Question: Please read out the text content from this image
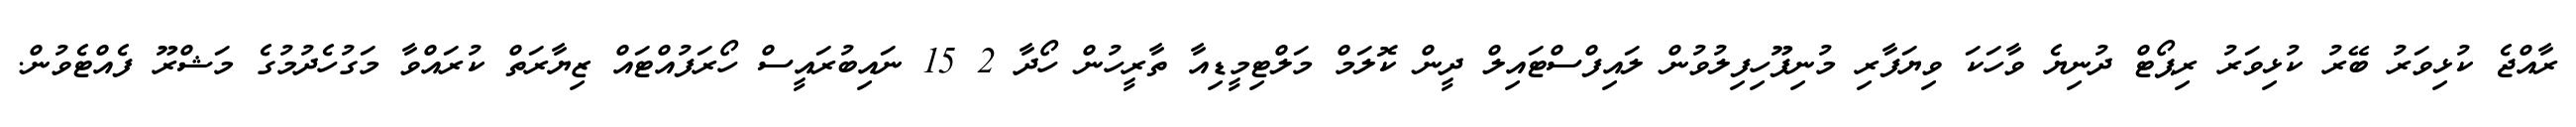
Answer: ރާއްޖެ ކުޅިވަރު ބޭރު ކުޅިވަރު ރިޕޯޓް ދުނިޔެ ވާހަކަ ވިޔަފާރި މުނިފޫހިފިލުވުން ލައިފްސްޓައިލް ދީން ކޮލަމް މަލްޓިމީޑިއާ ތާރީހުން ހޯދާ 2 15 ނައިބުރައީސް ހޯރަފުއްޓައް ޒިޔާރަތް ކުރައްވާ މަގުހެދުމުގެ މަޝްރޫ ފެއްޓެވުން.